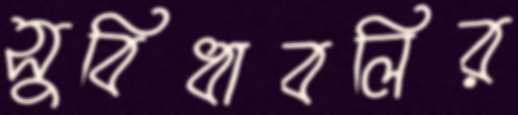
সুবিধাবলির